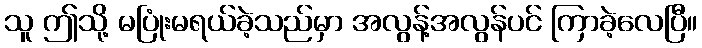
သူ ဤသို့ မပြုံးမရယ်ခဲ့သည်မှာ အလွန့်အလွန်ပင် ကြာခဲ့လေပြီ။